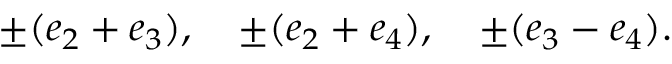
\pm ( e _ { 2 } + e _ { 3 } ) , \quad \pm ( e _ { 2 } + e _ { 4 } ) , \quad \pm ( e _ { 3 } - e _ { 4 } ) .